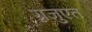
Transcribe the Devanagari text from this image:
ग़्रजुएत